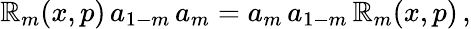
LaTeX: \mathbb{R}_{m}(x,p)\, a_{1-m}\, a_{m}=a_{m}\, a_{1-m}\, \mathbb{R}_{m}(x,p)\, ,